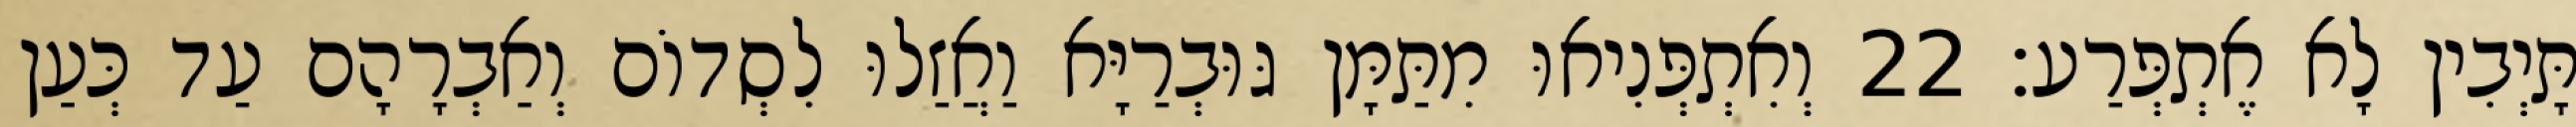
תָּיְבִין לָא אֶתְפְּרַע׃ 22 וְאִתְפְּנִיאוּ מִתַּמָּן גּוּבְרַיָּא וַאֲזַלוּ לִסְדוֹם וְאַבְרָהָם עַד כְּעַן